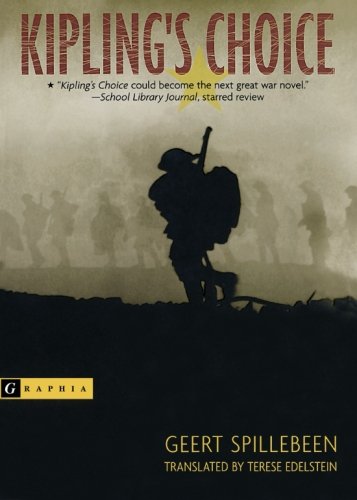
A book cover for Kipling's Choice; Geert Spillebeen; Teen & Young Adult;